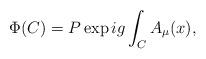
LaTeX: \begin{align*}\Phi (C) = P \exp ig\int_C A_\mu (x), \end{align*}